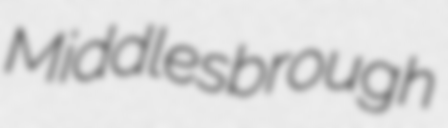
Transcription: Middlesbrough